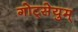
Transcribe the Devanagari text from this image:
गोट्सेयुम्